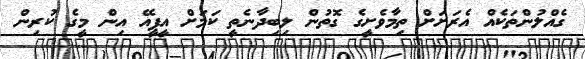
ގެއްލުންތަކެއް އެރަށަށް ތިމާވެށީގެ ގޮތުން ލިބިދާނެތީ ކަމަށް އީޕީއޭ އިން މީގެ ކުރިން